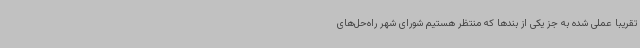
تقریبا عملی شده به جز یکی از بندها که منتظر هستیم شورای شهر راه‌حل‌های